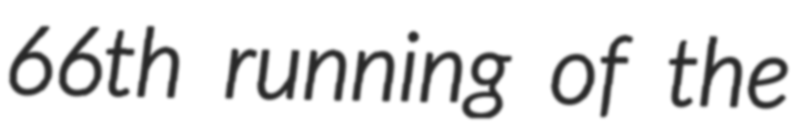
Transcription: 66th running of the